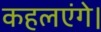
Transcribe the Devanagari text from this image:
कहलएंगे।